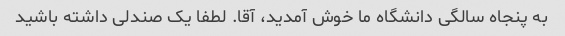
به پنجاه سالگی دانشگاه ما خوش آمدید، آقا. لطفا یک صندلی داشته باشید